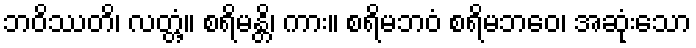
ဘဝိဿတိ၊ လတ္တံ့။ စရိမန္တိ၊ ကား။ စရိမဘဝံ စရိမဘဝေ၊ အဆုံးသော